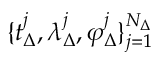
\{ t _ { \Delta } ^ { j } , \lambda _ { \Delta } ^ { j } , \varphi _ { \Delta } ^ { j } \} _ { j = 1 } ^ { N _ { \Delta } }